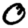
Digit: 0